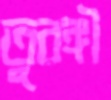
তুরঙ্গী